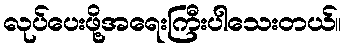
လုပ်ပေးဖို့အရေးကြီးပါသေးတယ်။